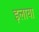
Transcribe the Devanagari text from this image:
इलाया